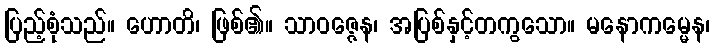
ပြည့်စုံသည်။ ဟောတိ၊ ဖြစ်၏။ သာဝဇ္ဇေန၊ အပြစ်နှင့်တကွသော။ မနောကမ္မေန၊